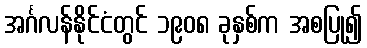
အင်္ဂလန်နိုင်ငံတွင် ၁၉၀၈ ခုနှစ်က အစပြု၍